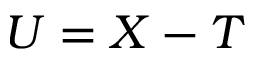
U = X - T